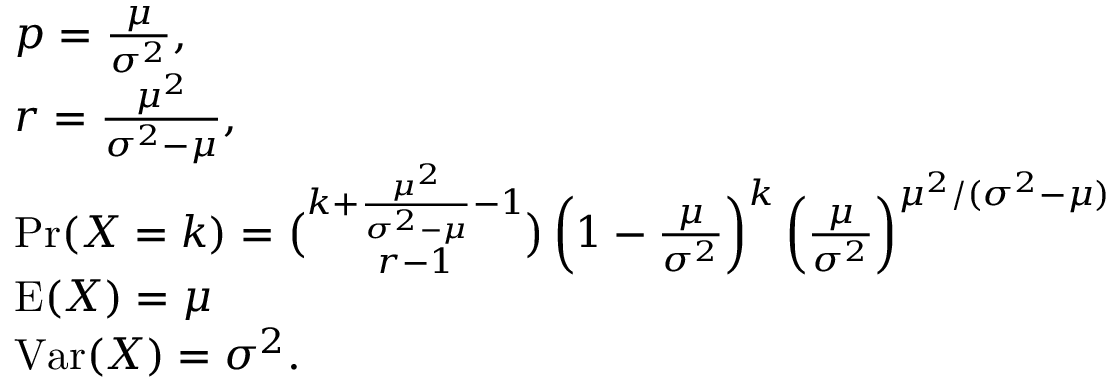
{ \begin{array} { r l } & { p = { \frac { \mu } { \sigma ^ { 2 } } } , } \\ & { r = { \frac { \mu ^ { 2 } } { \sigma ^ { 2 } - \mu } } , } \\ & { \operatorname* { P r } ( X = k ) = { \binom { k + { \frac { \mu ^ { 2 } } { \sigma ^ { 2 } - \mu } } - 1 } { r - 1 } } \left( 1 - { \frac { \mu } { \sigma ^ { 2 } } } \right) ^ { k } \left( { \frac { \mu } { \sigma ^ { 2 } } } \right) ^ { \mu ^ { 2 } / ( \sigma ^ { 2 } - \mu ) } } \\ & { \operatorname { E } ( X ) = \mu } \\ & { \operatorname { V a r } ( X ) = \sigma ^ { 2 } . } \end{array} }